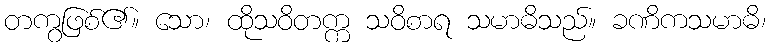
တကွဖြစ်၏။ သော၊ ထိုသဝိတက္က သဝိစာရ သမာဓိသည်။ ခဏိကသမာဓိ၊